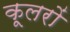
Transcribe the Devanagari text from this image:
कूलरों